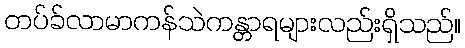
တပ်ခ်လာမာကန်သဲကန္တာရများလည်းရှိသည်။